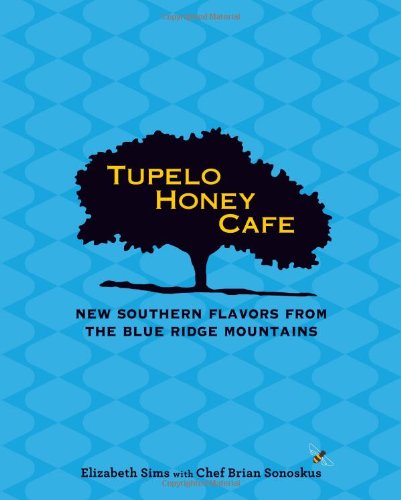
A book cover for Tupelo Honey Cafe: New Southern Flavors from the Blue Ridge Mountains; Elizabeth Sims; Cookbooks, Food & Wine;